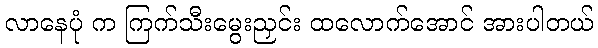
လာနေပုံ က ကြက်သီးမွေးညှင်း ထလောက်အောင် အားပါတယ်